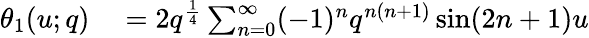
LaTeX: \begin{array}{rl}{\theta_{1}(u;q)}&{{}=2q^{\frac{1}{4}}\sum_{n=0}^{\infty}(-1)^{n}q^{n(n+1)}\sin(2n+1)u}\end{array}